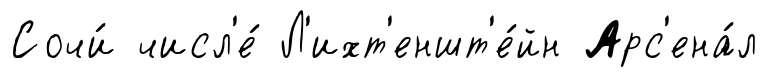
Сочи́ числ'е́ Л'ихт'еншт'е́йн Арс'ена́л